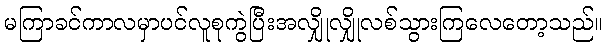
မကြာခင်ကာလမှာပင်လူစုကွဲပြီးအလျှိုလျှိုလစ်သွားကြလေတော့သည်။